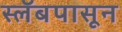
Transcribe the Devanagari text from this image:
स्लॅबपासून